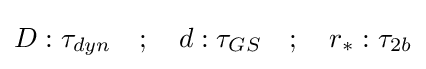
D:\tau _{dyn}\quad ;\quad d:\tau _{GS}\quad ;\quad r_{*}:\tau _{2b}